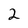
Character: 2